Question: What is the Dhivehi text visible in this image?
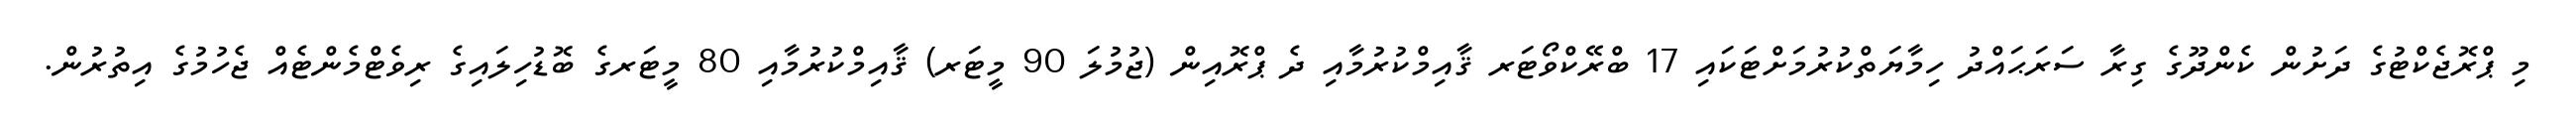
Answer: މި ޕްރޮޖެކްޓުގެ ދަށުން ކެންދޫގެ ގިރާ ސަރަޙައްދު ހިމާޔަތްކުރުމަށްޓަކައި 17 ބްރޭކްވޯޓަރ ޤާއިމްކުރުމާއި ދެ ޕްރޮއިން (ޖުމުލަ 90 މީޓަރ) ޤާއިމްކުރުމާއި 80 މީޓަރގެ ބޮޑުހިލައިގެ ރިވެޓްމެންޓެއް ޖެހުމުގެ އިތުރުން.